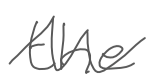
Text: the
Cross-out: zig-zag
Writing tool: digital_gray